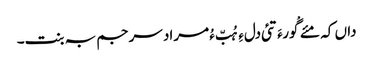
داں کہ مئے گْورءَ تئی دلءِ ہُبّ ءُ مراد سرجم بہ بنت۔